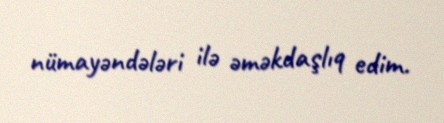
nümayəndələri ilə əməkdaşlıq edim.